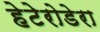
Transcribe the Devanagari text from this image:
हेटेरोडेरा